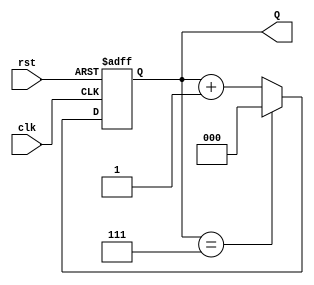
module up_counter_moore (
    input wire clk,       // Clock input
    input wire rst,       // Asynchronous reset
    output reg [2:0] Q    // 3-bit output representing the current count
);

// State transition logic
always @(posedge clk or posedge rst) begin
    if (rst) begin
        Q <= 3'b000; // Reset to state 0
    end else begin
        Q <= (Q == 3'b111) ? 3'b000 : Q + 1; // Increment or wrap around
    end
end

endmodule